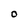
Character: 0